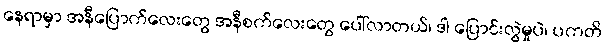
နေရာမှာ အနီပြောက်လေးတွေ အနီစက်လေးတွေ ပေါ်လာတယ်၊ ဒါ ပြောင်းလွဲမှုပဲ၊ ပကတိ